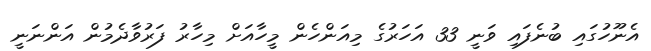
އެނޫހުގައި ބުނެފައި ވަނީ 33 އަހަރުގެ މިއަންހެން މީހާއަށް މިހާރު ފަރުވާދެމުން އަންނަނީ